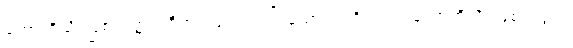
ဟောဟိသိ၊ ဖြစ်လတ္တံ့။ ဝီတရာဂေါ၊ ကင်းသောရာဂရှိသည်။ ဟောဟိသိ၊ ဖြစ်လတ္တံ့။